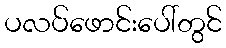
ပလပ်ဖောင်းပေါ်တွင်